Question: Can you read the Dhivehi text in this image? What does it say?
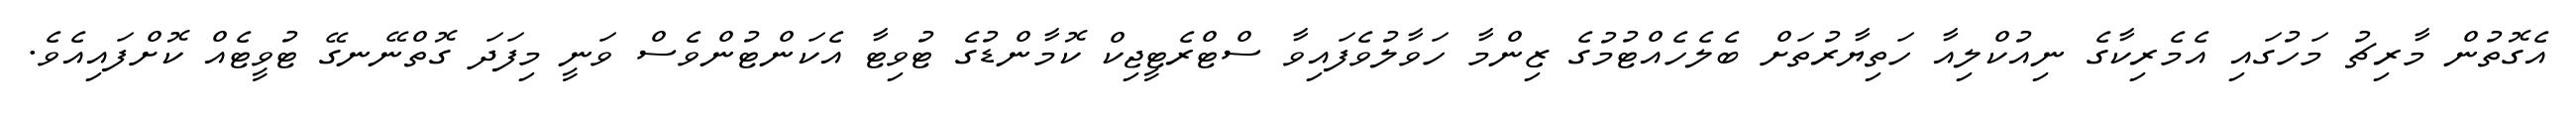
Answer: އެގޮތުން މާރިޗު މަހުގައި އެމެރިކާގެ ނިއުކްލިއާ ހަތިޔާރުތަށް ބެލެހެއްޓުމުގެ ޒިންމާ ހަވާލުވެފައިވާ ސްޓްރެޓީޖިކް ކޮމާންޑުގެ ޓުވިޓާ އެކަންޓުންވެސް ވަނީ މިފަދަ ގޮތްނޭނގޭ ޓުވީޓެއް ކޮށްފައިއެވެ.